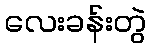
လေးခန်းတွဲ